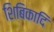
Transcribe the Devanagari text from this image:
शिबिकादि